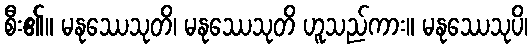
စီး၏။ မနုဿေသုတိ၊ မနုဿေသုတိ ဟူသည်ကား။ မနုဿေသုပိ၊